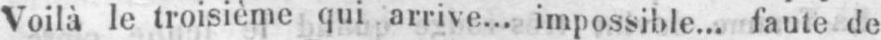
Voilà le troisième qui arrive... impossible... faute de